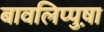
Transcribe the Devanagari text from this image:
बावलिप्पुष़ा